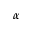
\alpha